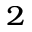
^ 2